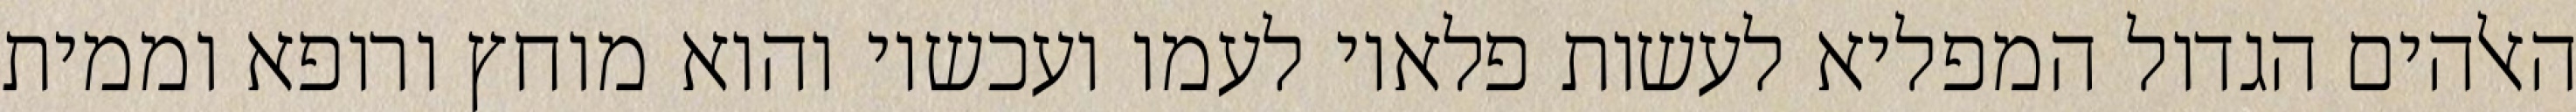
האלהים הגדול המפליא לעשות פלאיו לעמו ועכשיו והוא מוחץ ורופא וממית